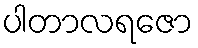
ပါတာလရဇော